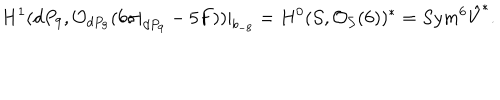
LaTeX: H ^ { 1 } ( d P _ { 9 } , { \cal O } _ { d P _ { 9 } } ( 6 \sigma | _ { d P _ { 9 } } - 5 F ) ) | _ { b _ { - 8 } } = H ^ { 0 } ( { \cal S } , { \cal O } _ { { \cal S } } ( 6 ) ) ^ { * } = S y m ^ { 6 } \hat { V } ^ { * } .